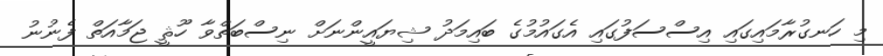
މި ހަނގުރާމައިގައި އިސްސަފުގައި އެގައުމުގެ ބައިމަދު ޝިޔައީންނަށް ނިސްބަތްވާ ހޫޘީ ޖަމާއަތް ފެނުނު